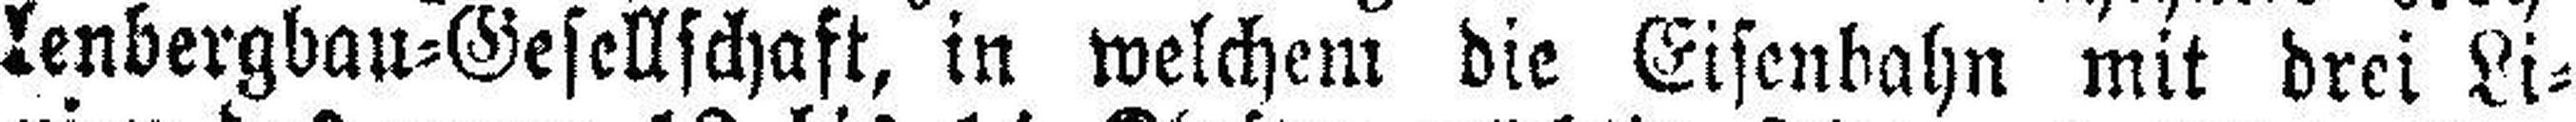
lenbergbau=Gesellschaft, in welchem die Eisenbahn mit drei Li¬